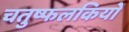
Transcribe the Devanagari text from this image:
चतुष्फलकियों